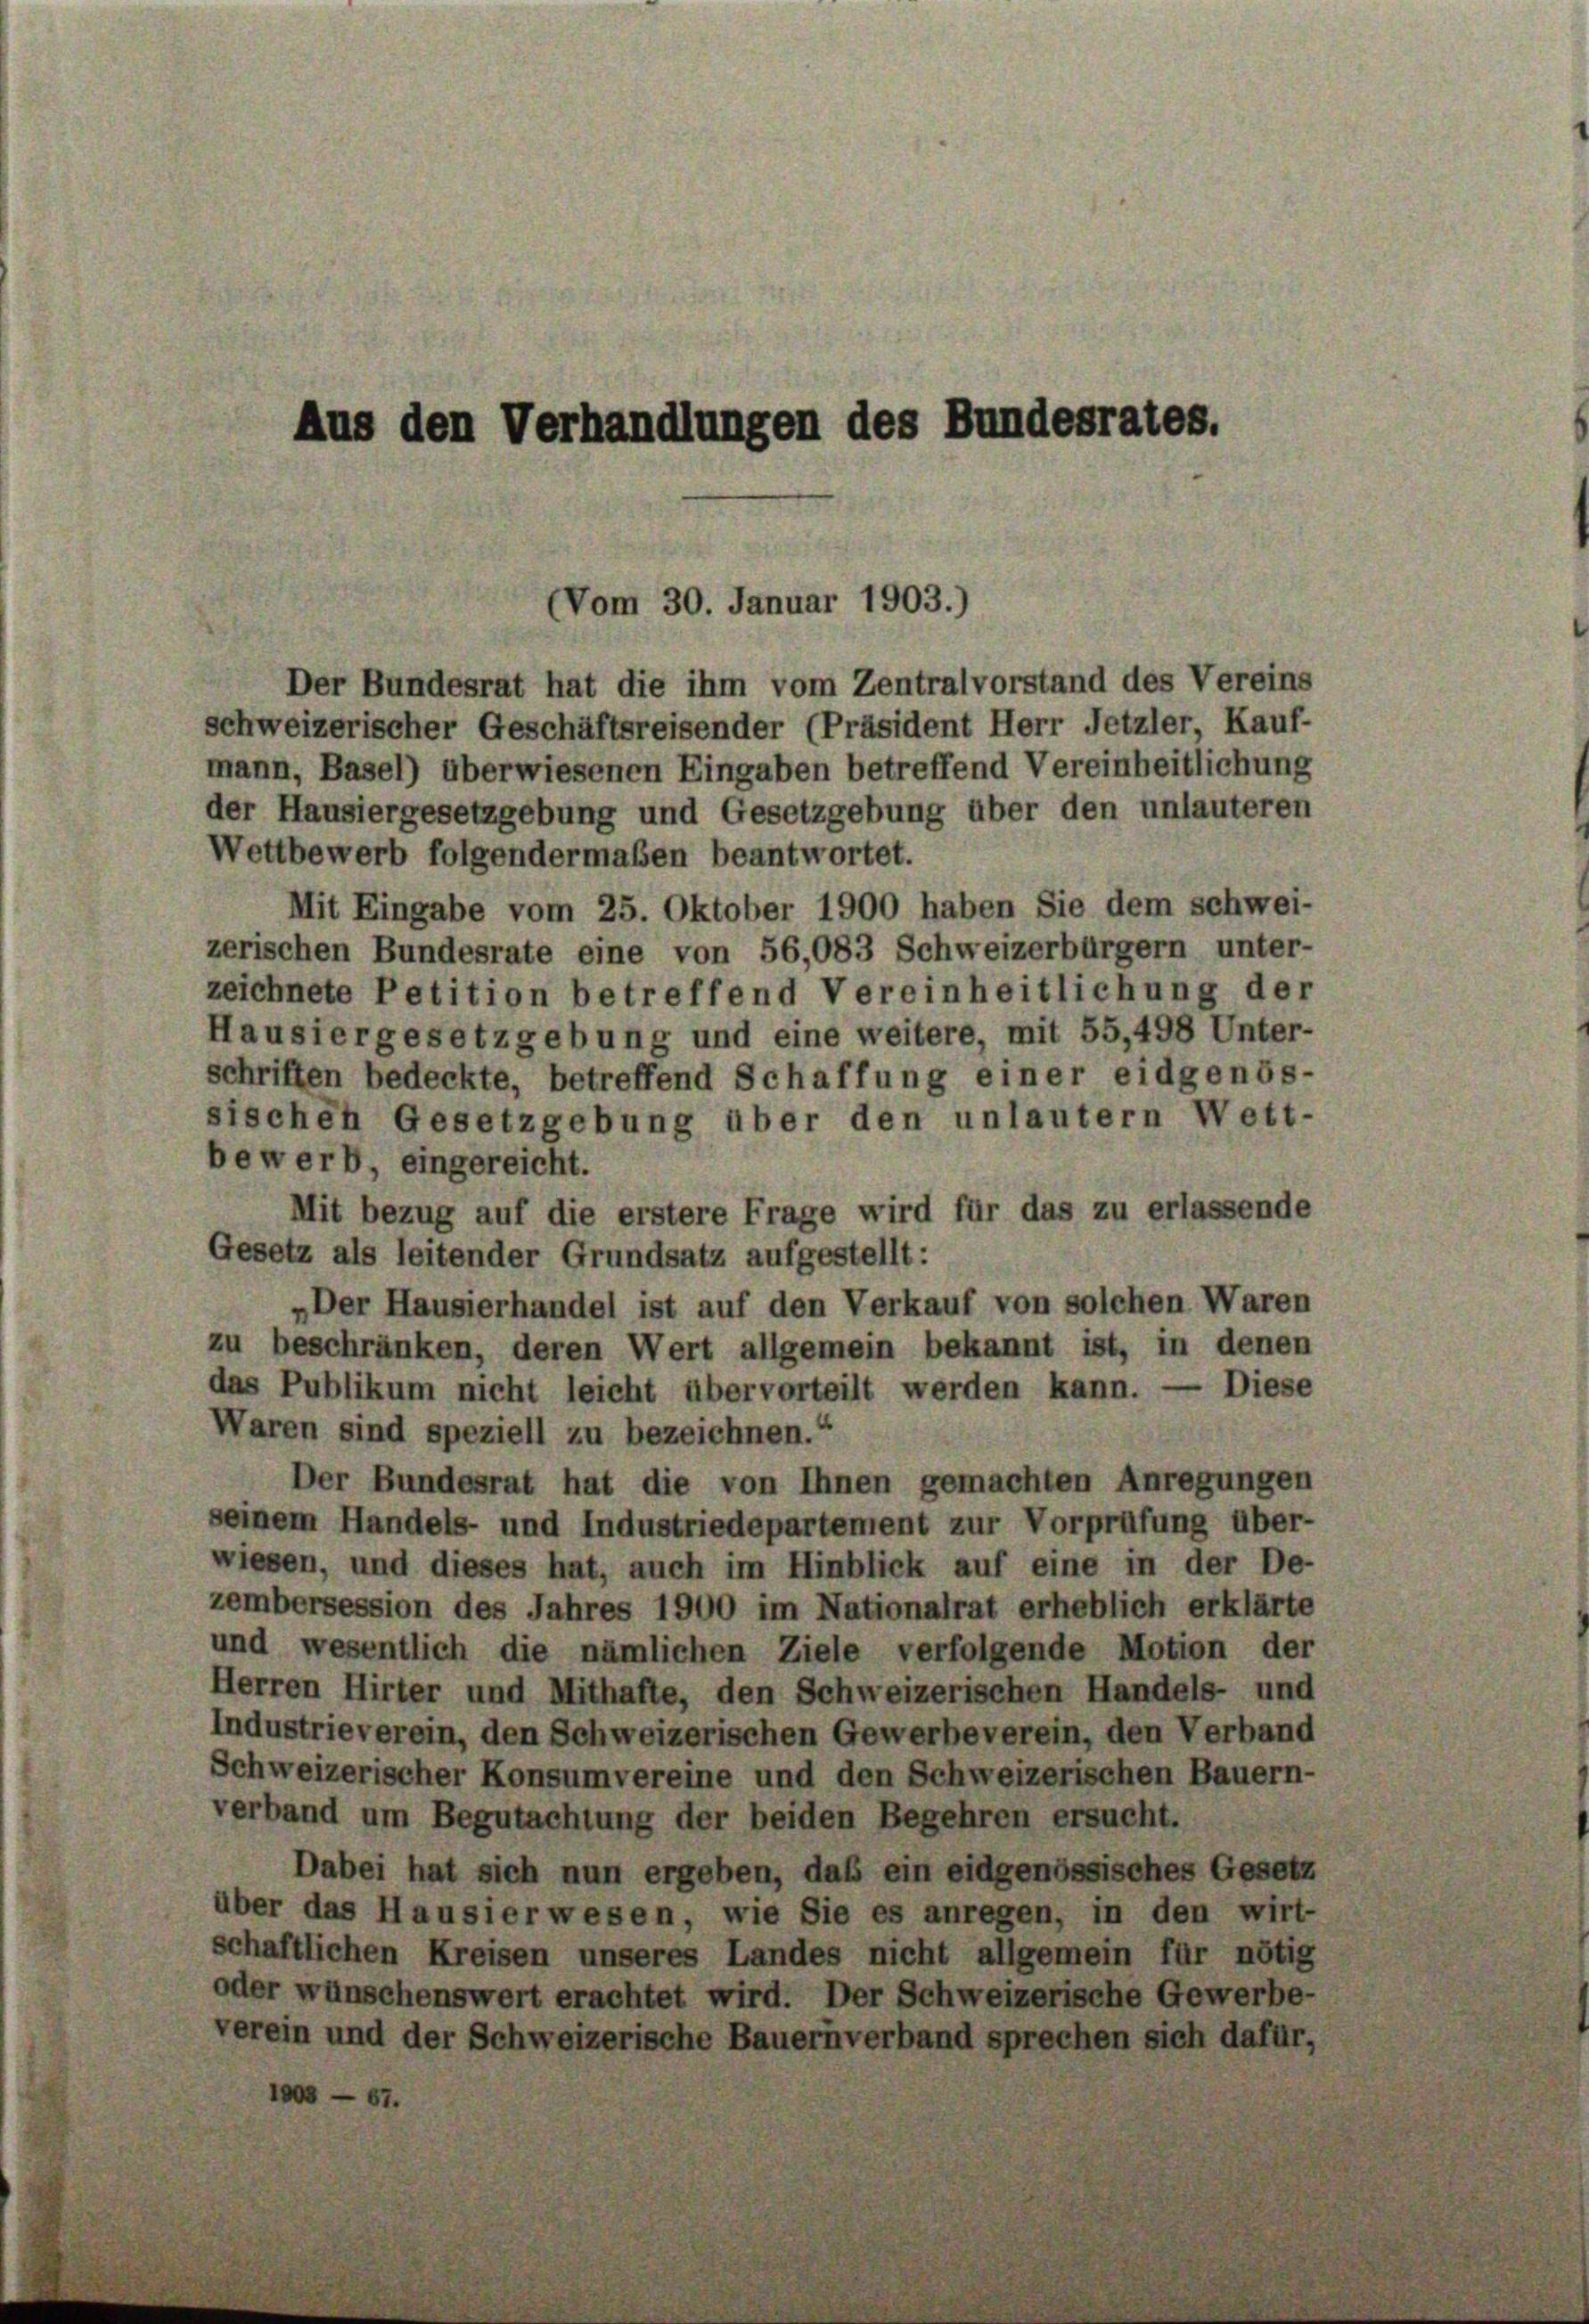
Aus den Verhandlungen des Bundesrates.

(Vom 30. Januar 1903.)
Der Bundesrat hat die ihm vom Zentralvorstand des Vereins

schweizerischer Geschäftsreisender (Präsident Herr Jetzler, Kauf-
mann, Basel) überwiesenen Eingaben betreffend Vereinheitlichung
der Hausiergesetzgebung und Gesetzgebung über den unlauteren
Wettbewerb folgendermaßen beantwortet.
Mit Eingabe vom 25. Oktober 1900 haben Sie dem schwei-
zerischen Bundesrate eine von 56,083 Schweizerbürgern unter-
zeichnete Petition betreffend Vereinheitlichung der
Hausiergesetzgebung und eine weitere, mit 55,498 Unter-
schriften bedeckte, betreffend Schaffung einer eidgenös-
sischen Gesetzgebung über den unlautern Wett
bewerb, eingereicht.
Mit bezug auf die erstere Frage wird für das zu erlassende
Gesetz als leitender Grundsatz aufgestellt:
„Der Hausierhandel ist auf den Verkauf von solchen Waren
zu beschränken, deren Wert allgemein bekannt ist, in denen
das Publikum nicht leicht übervorteilt werden kann. — Diese
Waren sind speziell zu bezeichnen.“
Der Bundesrat hat die von Ihnen gemachten Anregungen
seinem Handels- und Industriedepartement zur Vorprüfung über-
wiesen, und dieses hat, auch im Hinblick auf eine in der De-
zembersession des Jahres 1900 im Nationalrat erheblich erklärte
und wesentlich die nämlichen Ziele verfolgende Motion der
Herren Hirter und Mithafte, den Schweizerischen Handels- und
Industrieverein, den Schweizerischen Gewerbeverein, den Verband
Schweizerischer Konsumvereine und den Schweizerischen Bauern-
verband um Begutachtung der beiden Begehren ersucht.
Dabei hat sich nun ergeben, daß ein eidgenössisches Gesetz
über das Hausierwesen, wie Sie es anregen, in den wirt
schaftlichen Kreisen unseres Landes nicht allgemein für nötig
oder wünschenswert erachtet wird. Der Schweizerische Gewerbe-
verein und der Schweizerische Bauernverband sprechen sich dafür,